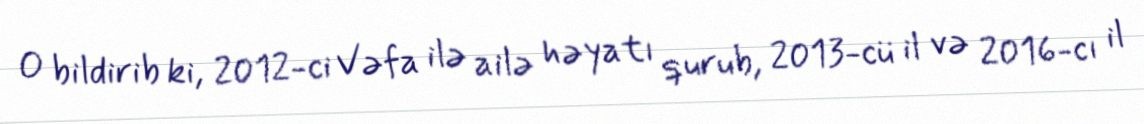
O bildirib ki, 2012-ci Vəfa ilə ailə həyatı qurub, 2013-cü il və 2016-cı il